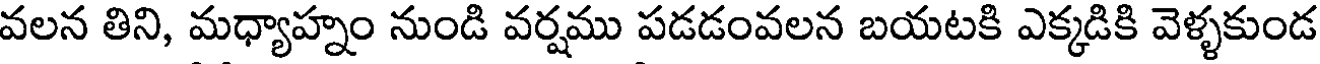
వలన తిని, మధ్యాహ్నం నుండి వర్షము పడడంవలన బయటకి ఎక్కడికి వెళ్ళకుండ